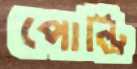
পোল্ট্রি